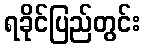
ရခိုင်ပြည်တွင်း